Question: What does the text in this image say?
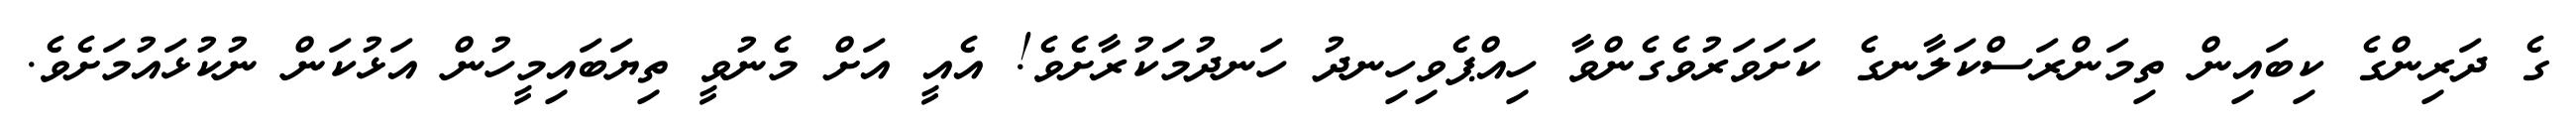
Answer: ގެ ދަރިންގެ ކިބައިން ތިމަންރަސްކަލާނގެ ކަށަވަރުވެގެންވާ ހިއްޕެވިހިނދު ހަނދުމަކުރާށެވެ! އެއީ އަށް މެނުވީ ތިޔަބައިމީހުން އަޅުކަން ނުކުޅައުމަށެވެ.